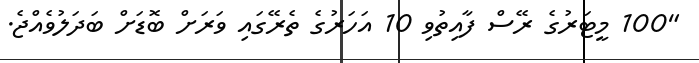
"100 މީޓަރުގެ ރޭސް ފާއިތުވި 10 އަހަރުގެ ތެރޭގައި ވަރަށް ބޮޑަށް ބަދަލުވެއްޖެ.